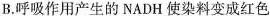
B.呼吸作用产生的NADH使染料变成红色